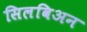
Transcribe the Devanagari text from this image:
सिलविअन